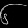
Digit: ၆